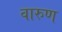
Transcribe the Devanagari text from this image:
वारुण